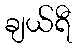
ချယ်ရီ